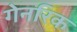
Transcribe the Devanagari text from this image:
गेनरिक